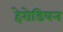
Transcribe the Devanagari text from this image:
हेरोडियन